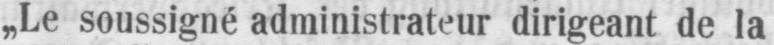
„Le soussigné administrateur dirigeant de la